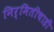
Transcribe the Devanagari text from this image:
निर्मितीचाही